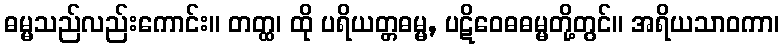
ဓမ္မသည်လည်းကောင်း။ တတ္ထ၊ ထို ပရိယတ္တဓမ္မ, ပဋိဝေဓဓမ္မတို့တွင်။ အရိယသာဝကာ၊